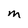
Character: M